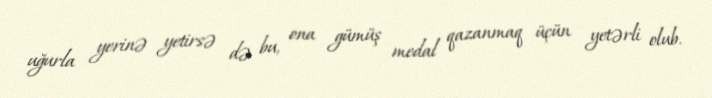
uğurla yerinə yetirsə də bu, ona gümüş medal qazanmaq üçün yetərli olub.